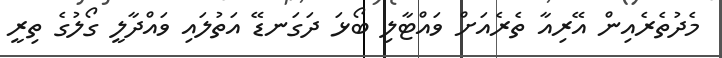
މެދުތެރެއިން އޭރިއާ ތެރެއަށް ވައްޓާލި ބޯޅަ ދަގަނޑޭ އަތުލައި ވައްދާލީ ގޯލުގެ ތިރީ